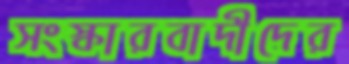
সংস্কারবাদীদের